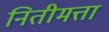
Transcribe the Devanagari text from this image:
नितीमत्ता